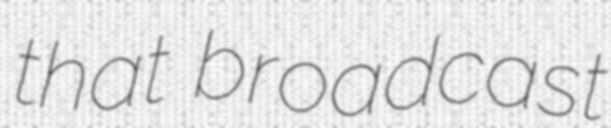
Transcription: that broadcast